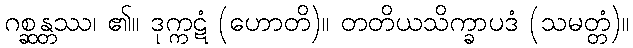
ဂစ္ဆန္တဿ၊ ၏။ ဒုက္ကဋံ (ဟောတိ)။ တတိယသိက္ခာပဒံ (သမတ္တံ)။